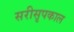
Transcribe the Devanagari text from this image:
सरीसृपकाल